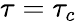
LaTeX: \tau=\tau_{c}